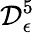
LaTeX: \mathcal{D}_{\epsilon}^{5}